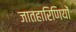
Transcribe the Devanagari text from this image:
जातहारिणियों